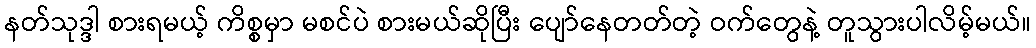
နတ်သုဒ္ဒါ စားရမယ့် ကိစ္စမှာ မစင်ပဲ စားမယ်ဆိုပြီး ပျော်နေတတ်တဲ့ ဝက်တွေနဲ့ တူသွားပါလိမ့်မယ်။